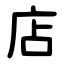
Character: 店